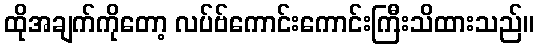
ထိုအချက်ကိုတော့ လပ်ဗ်ကောင်းကောင်းကြီးသိထားသည်။